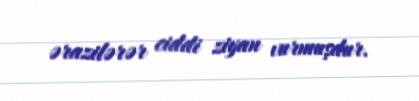
ərazilərər ciddi ziyan vurmuşdur.